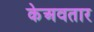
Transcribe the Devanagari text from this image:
केअवतार